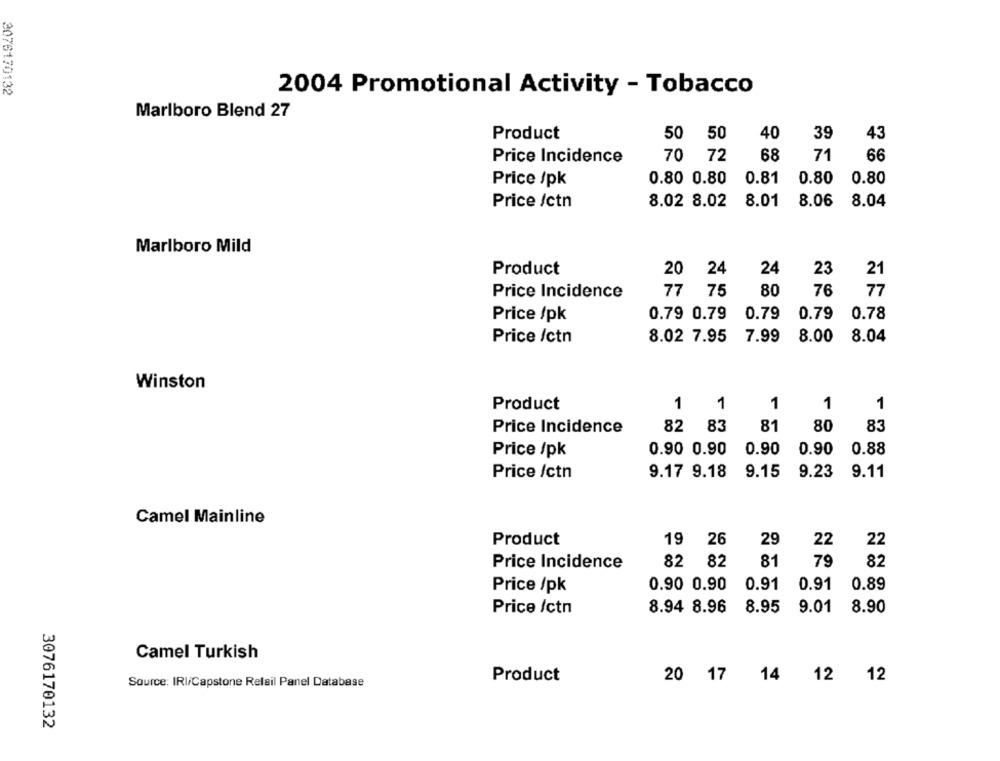
2076170132
2004 Promotional Activity - Tobacco
Marlboro Blend 27
Product
50
50
40
39
43
Price Incidence
70
72
68
71
66
Price /pk
0.80 0.80
0.81
0.80
0.80
Price /ctn
8.02 8.02
8.01
8.06 8.04
Marlboro Mild
Product
20
24
24
23
21
Price Incidence
77
75
80
76
77
Price /pk
0.79 0.79
0.79
0.79 0.78
Price /ctn
8.02 7.95
7.99
8.00
8.04
Winston
1
Product
1
1
1
1
83
81
Price Incidence
82
80
83
Price /pk
0.90 0.90
0.90
0.90
0.88
Price /ctn
9.17 9.18
9.15
9.23
9.11
Camel Mainline
19
26
29
Product
22
22
82 8
81
79
82
Price Incidence
0.90 0.90
0.91 0.91
0.89
Price /pk
8.94 8.96
8.95
9.01
8.90
Price /ctn
Camel Turkish
20 17 14 12 12
Source: IRI/Capstone Relail Panel Database
Product
3076170132